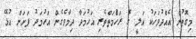
މިގޮތުން އެއްދުވަހަކު އަލީ ގެ ރަހްުމަތްތެރި އަހުމަދާ ދިމާވެގެން އަހުމަދު ފަށަން އުޅޭ